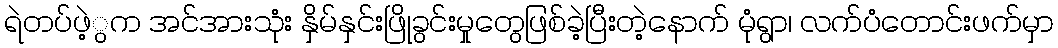
ရဲတပ်ဖဲ့ွက အင်အားသုံး နှိမ်နှင်းဖြိုခွင်းမှုတွေဖြစ်ခဲ့ပြီးတဲ့နောက် မုံရွာ၊ လက်ပံတောင်းဖက်မှာ